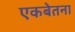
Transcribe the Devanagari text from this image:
एकबेतना